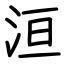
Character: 洹